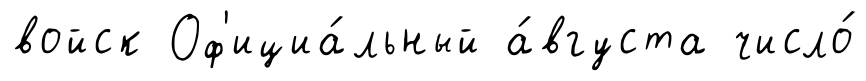
войск Оф'ициа́льный а́вгуста число́